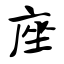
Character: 座